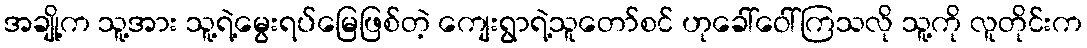
အချို့က သူ့အား သူ့ရဲ့မွေးရပ်မြေဖြစ်တဲ့ ကျေးရွာရဲ့သူတော်စင် ဟုခေါ်ဝေါ်ကြသလို သူ့ကို လူတိုင်းက